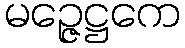
မဉ္ဇေဋ္ဌကေ